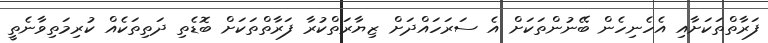
ފަރާތްތަކަށާއި އެހެނިހެން ބޭނުންތަކަށް އެ ސަރަހައްދަށް ޒިޔާރަތްކުރާ ފަރާތްތަކަށް ބޮޑެތި ދަތިތަކެއް ކުރިމަތިވާނެތީ